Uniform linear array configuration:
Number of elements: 48
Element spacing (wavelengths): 0.5
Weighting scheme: uniform
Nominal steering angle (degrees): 60
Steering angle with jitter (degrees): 60.912
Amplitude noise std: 0.05
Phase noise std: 0.05

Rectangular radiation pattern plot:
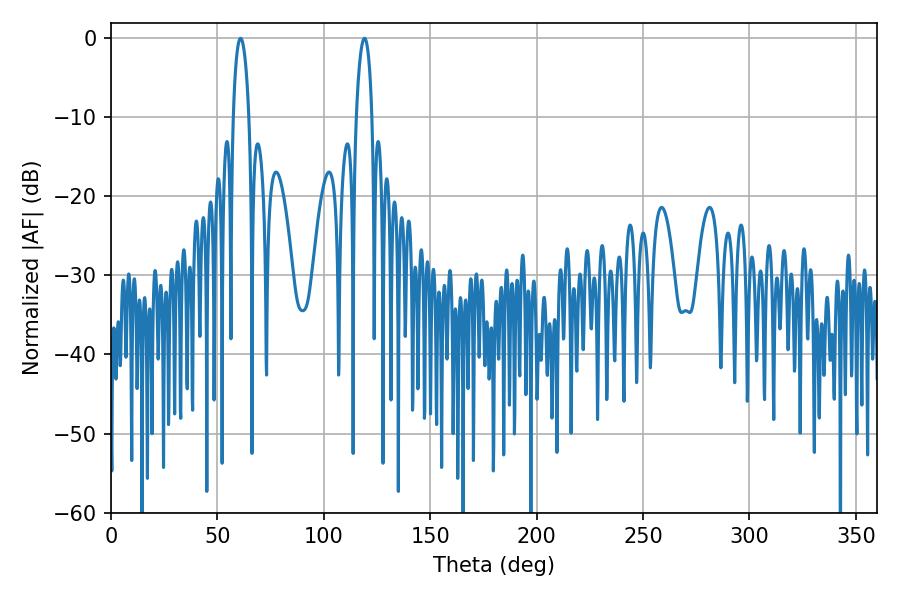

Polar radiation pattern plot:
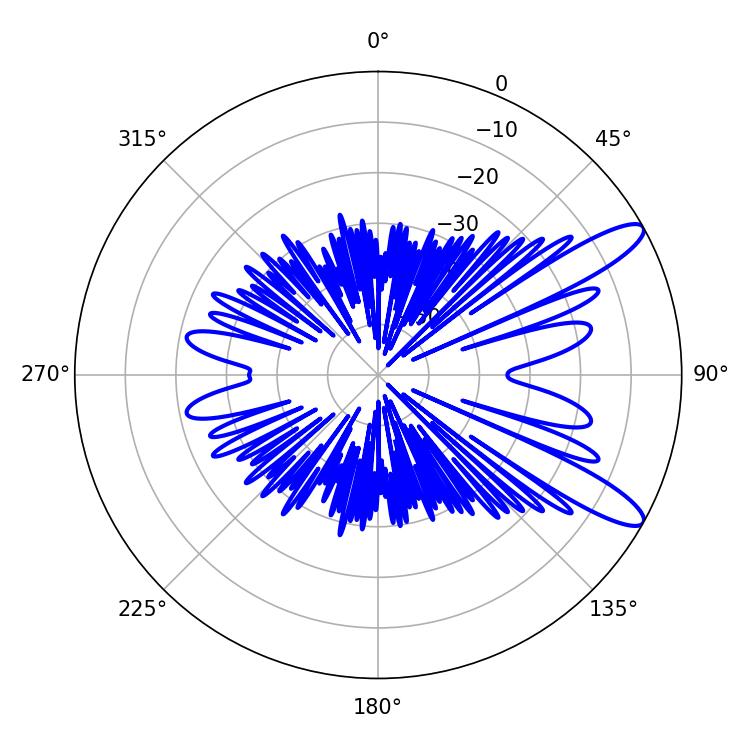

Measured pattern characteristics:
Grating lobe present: FALSE
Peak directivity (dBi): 11.341
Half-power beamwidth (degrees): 4.14
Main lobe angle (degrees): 60.84